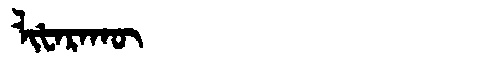
Manchu: ᠯᡳᡶᠠᡵᠠᡴᡡ
Romanization: LIFARAKŪ